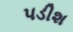
પડીશ